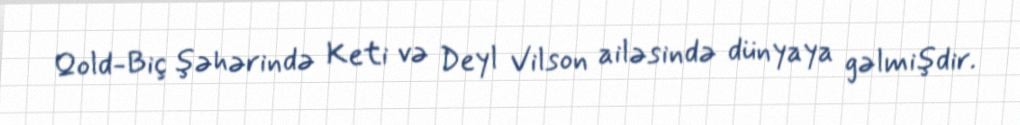
Qold-Biç şəhərində Keti və Deyl Vilson ailəsində dünyaya gəlmişdir.